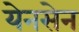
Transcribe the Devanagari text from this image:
येनसेन